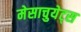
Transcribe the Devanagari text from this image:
मेसाचुयेट्स